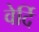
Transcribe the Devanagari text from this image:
वेर्दि